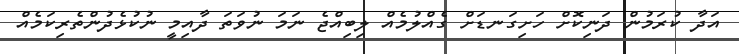
އަދާ ކުރަމުން ދަނިކޮށް ހަށިގަނޑަށް ގެއްލުމެއް ލިބިއްޖެ ނަމަ ނުވަތަ ދާއިމީ ނުކުޅެދުންތެރިކަމެއް